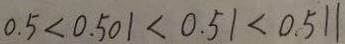
0 . 5 < 0 . 5 0 1 < 0 . 5 1 < 0 . 5 1 1